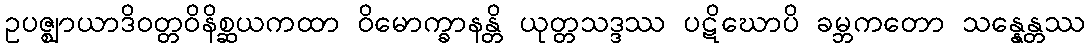
ဥပဇ္ဈာယာဒိဝတ္တဝိနိစ္ဆယကထာ ဝိမောက္ခာနန္တိ ယုတ္တသဒ္ဒဿ ပဋိဃောပိ ခမ္ဘကတော သန္နေန္တဿ